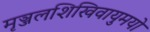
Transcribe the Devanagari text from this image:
मृञ्जलशिखिवायुमयो